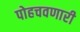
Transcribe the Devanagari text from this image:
पोहचवणारी